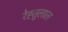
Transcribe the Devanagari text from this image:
रेह्तुलाल